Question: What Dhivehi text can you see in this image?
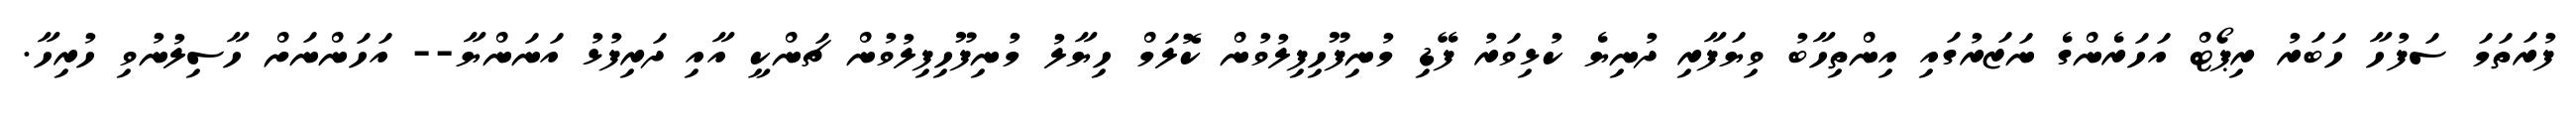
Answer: ފުރަތަމަ ސަފުހާ ހަބަރު ރިޕޯޓް އަހަރެންގެ ނަޒަރުގައި އިންތިހާބު ވިޔަފާރި ދުނިޔެ ކުޅިވަރު ފޭޑި މުނިފޫހިފިލުވުން ކޮލަމް ހިޔާލު މުނިފޫހިފިލުވުން ޗަންކީ އާއި ދަރިފުޅު އަނަންޔާ-- އަހަންނަށް ހާސިލުނުވި ހުރިހާ.